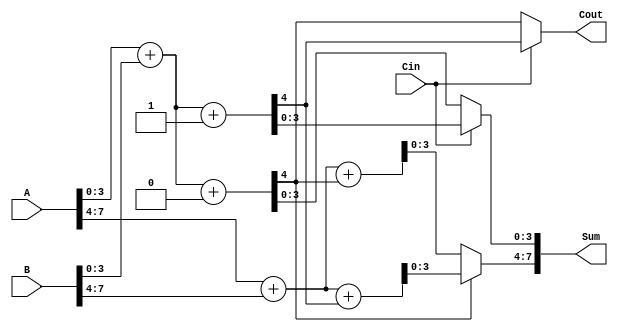
module HybridCarrySelectAdder (
    input  wire [7:0] A,       // First input
    input  wire [7:0] B,       // Second input
    input  wire Cin,           // Carry-in
    output wire [7:0] Sum,     // Sum output
    output wire Cout           // Carry-out
);

    // Internal signals
    wire [7:0] Sum0, Sum1;     // Sums when Cin = 0 and Cin = 1
    wire C0, C1;               // Carries when Cin = 0 and Cin = 1
    wire Sel;                  // Selector signal for MUX

    // Segment size
    localparam SEGMENT_SIZE = 4;

    // First segment (bits 0 to 3)
    assign {C0, Sum0[3:0]} = A[3:0] + B[3:0] + 1'b0; // When Cin = 0
    assign {C1, Sum1[3:0]} = A[3:0] + B[3:0] + 1'b1; // When Cin = 1

    // Second segment (bits 4 to 7)
    assign {C0, Sum0[7:4]} = A[7:4] + B[7:4] + C0;   // When Cin = C0
    assign {C1, Sum1[7:4]} = A[7:4] + B[7:4] + C1;   // When Cin = C1

    // MUX selection for Sum
    assign Sum[3:0] = (Cin) ? Sum1[3:0] : Sum0[3:0];
    assign Sum[7:4] = (C0) ? Sum1[7:4] : Sum0[7:4];

    // Final carry-out
    assign Cout = (Cin) ? C1 : C0;

endmodule